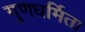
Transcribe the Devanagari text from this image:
गुणधर्मिता